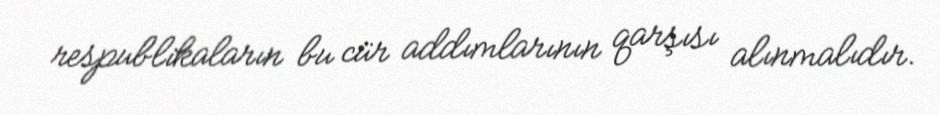
respublikaların bu cür addımlarının qarşısı alınmalıdır.